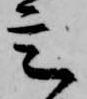
定